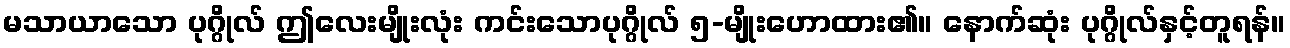
မသာယာသော ပုဂ္ဂိုလ် ဤလေးမျိုးလုံး ကင်းသောပုဂ္ဂိုလ် ၅-မျိုးဟောထား၏။ နောက်ဆုံး ပုဂ္ဂိုလ်နှင့်တူရန်။